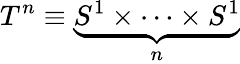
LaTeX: T^{n}\equiv\underbrace{S^{1}\times\dots\times S^{1}}_{n}